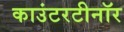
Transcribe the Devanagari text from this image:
काउंटरटीनॉर